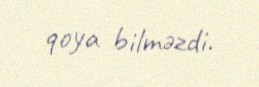
qoya bilməzdi.